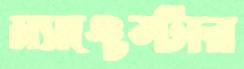
ম্যাঞ্চেস্টার